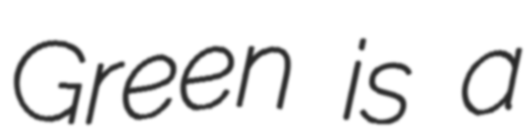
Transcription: Green is a